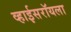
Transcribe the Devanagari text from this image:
व्हाईसरॉयला